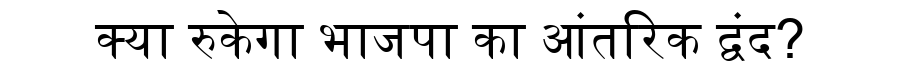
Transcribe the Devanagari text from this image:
क्या रुकेगा भाजपा का आंतरिक द्वंद?